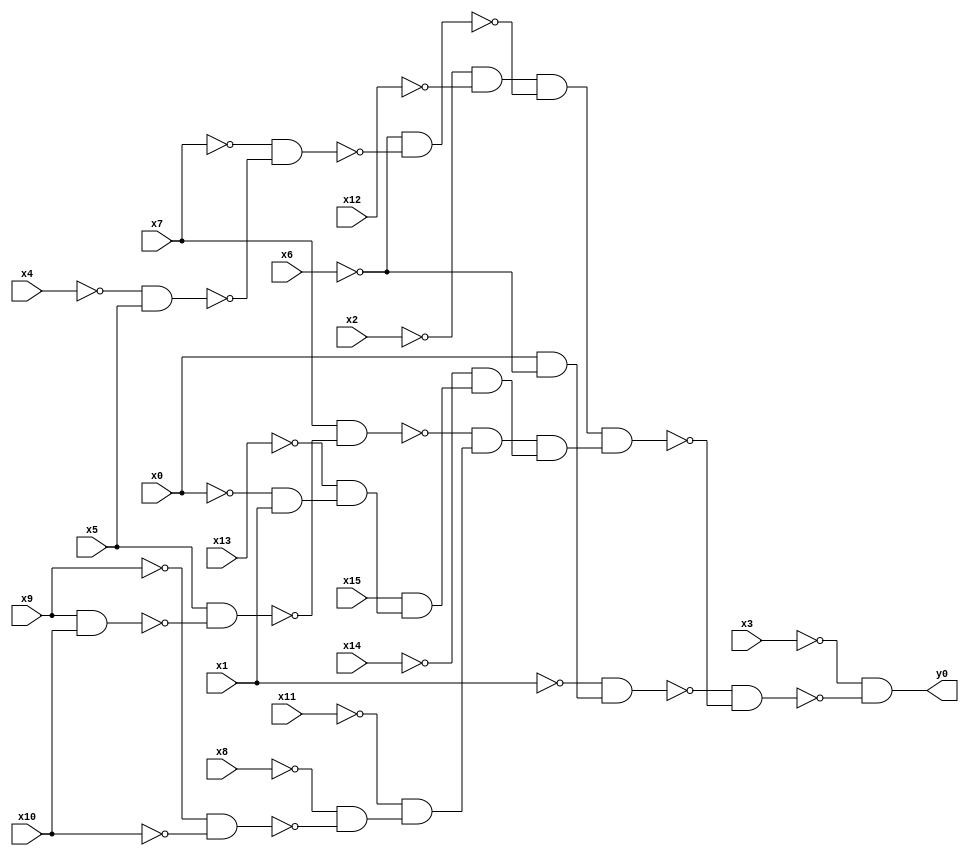
module top( x0 , x1 , x2 , x3 , x4 , x5 , x6 , x7 , x8 , x9 , x10 , x11 , x12 , x13 , x14 , x15 , y0 );
  input x0 , x1 , x2 , x3 , x4 , x5 , x6 , x7 , x8 , x9 , x10 , x11 , x12 , x13 , x14 , x15 ;
  output y0 ;
  wire n17 , n18 , n19 , n20 , n21 , n22 , n23 , n24 , n25 , n26 , n27 , n28 , n29 , n30 , n31 , n32 , n33 , n34 , n35 , n36 , n37 , n38 ;
  assign n17 = x0 & ~x6 ;
  assign n18 = ~x1 & n17 ;
  assign n19 = ~x2 & ~x12 ;
  assign n20 = ~x4 & x5 ;
  assign n21 = ~x7 & ~n20 ;
  assign n22 = ~x6 & ~n21 ;
  assign n23 = n19 & ~n22 ;
  assign n24 = x9 & x10 ;
  assign n25 = x5 & ~n24 ;
  assign n26 = x7 & ~n25 ;
  assign n27 = ~x9 & ~x10 ;
  assign n28 = ~x8 & ~n27 ;
  assign n29 = ~x11 & n28 ;
  assign n30 = ~n26 & n29 ;
  assign n31 = ~x0 & x1 ;
  assign n32 = ~x13 & n31 ;
  assign n33 = x15 & n32 ;
  assign n34 = ~x14 & n33 ;
  assign n35 = n30 & n34 ;
  assign n36 = n23 & n35 ;
  assign n37 = ~n18 & ~n36 ;
  assign n38 = ~x3 & ~n37 ;
  assign y0 = n38 ;
endmodule